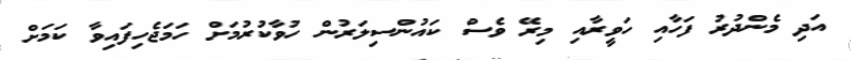
އަދި މެންދުރު ފަހާއި ހަވީރާއި މިރޭ ވެސް ކައުންސިލަރުން ހުވާކުރުމަށް ހަމަޖެހިފައިވާ ކަމަށް